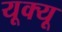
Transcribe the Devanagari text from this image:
यूक्यू